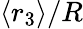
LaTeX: \langle r_{3}\rangle/R